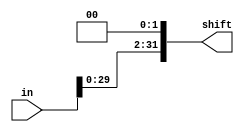
`timescale 1ns / 1ps


module shift_left_2(in, shift);
parameter WIDTH_IN = 32;
parameter WIDTH_OUT = 32;

input[WIDTH_IN-1:0] in;
output[WIDTH_OUT-1:0] shift;

assign shift = in<<2;

endmodule